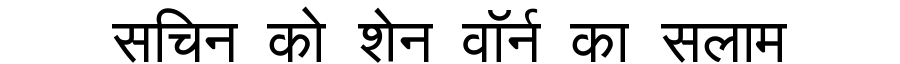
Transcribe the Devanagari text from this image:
सचिन को शेन वॉर्न का सलाम